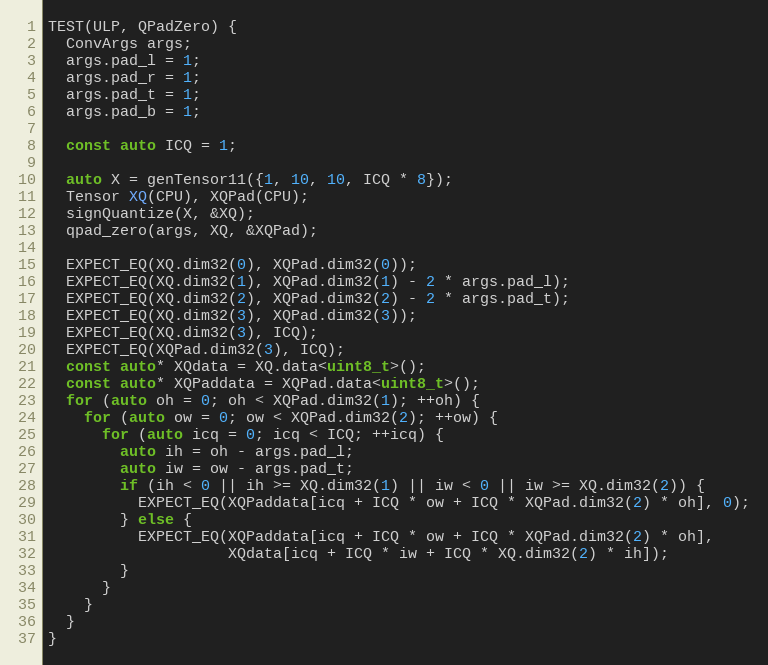
Language: C++
TEST(ULP, QPadZero) {
  ConvArgs args;
  args.pad_l = 1;
  args.pad_r = 1;
  args.pad_t = 1;
  args.pad_b = 1;

  const auto ICQ = 1;

  auto X = genTensor11({1, 10, 10, ICQ * 8});
  Tensor XQ(CPU), XQPad(CPU);
  signQuantize(X, &XQ);
  qpad_zero(args, XQ, &XQPad);

  EXPECT_EQ(XQ.dim32(0), XQPad.dim32(0));
  EXPECT_EQ(XQ.dim32(1), XQPad.dim32(1) - 2 * args.pad_l);
  EXPECT_EQ(XQ.dim32(2), XQPad.dim32(2) - 2 * args.pad_t);
  EXPECT_EQ(XQ.dim32(3), XQPad.dim32(3));
  EXPECT_EQ(XQ.dim32(3), ICQ);
  EXPECT_EQ(XQPad.dim32(3), ICQ);
  const auto* XQdata = XQ.data<uint8_t>();
  const auto* XQPaddata = XQPad.data<uint8_t>();
  for (auto oh = 0; oh < XQPad.dim32(1); ++oh) {
    for (auto ow = 0; ow < XQPad.dim32(2); ++ow) {
      for (auto icq = 0; icq < ICQ; ++icq) {
        auto ih = oh - args.pad_l;
        auto iw = ow - args.pad_t;
        if (ih < 0 || ih >= XQ.dim32(1) || iw < 0 || iw >= XQ.dim32(2)) {
          EXPECT_EQ(XQPaddata[icq + ICQ * ow + ICQ * XQPad.dim32(2) * oh], 0);
        } else {
          EXPECT_EQ(XQPaddata[icq + ICQ * ow + ICQ * XQPad.dim32(2) * oh],
                    XQdata[icq + ICQ * iw + ICQ * XQ.dim32(2) * ih]);
        }
      }
    }
  }
}